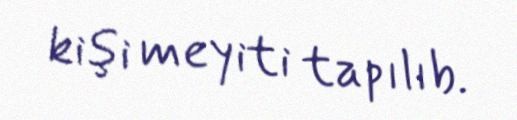
kişi meyiti tapılıb.